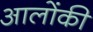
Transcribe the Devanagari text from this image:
आलोंकी